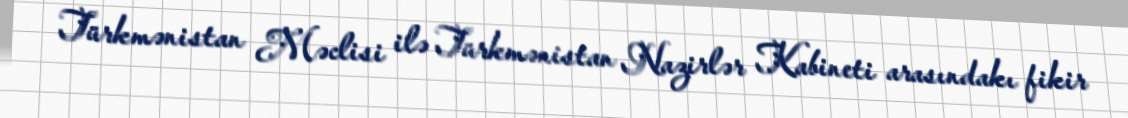
Türkmənistan Məclisi ilə Türkmənistan Nazirlər Kabineti arasındakı fikir